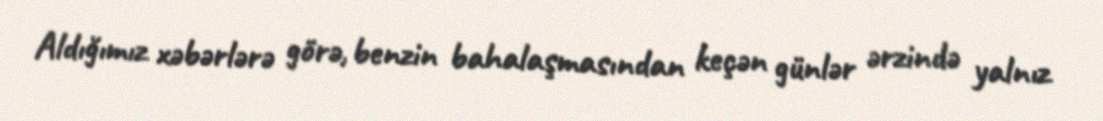
Aldığımız xəbərlərə görə, benzin bahalaşmasından keçən günlər ərzində yalnız